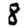
Digit: 8